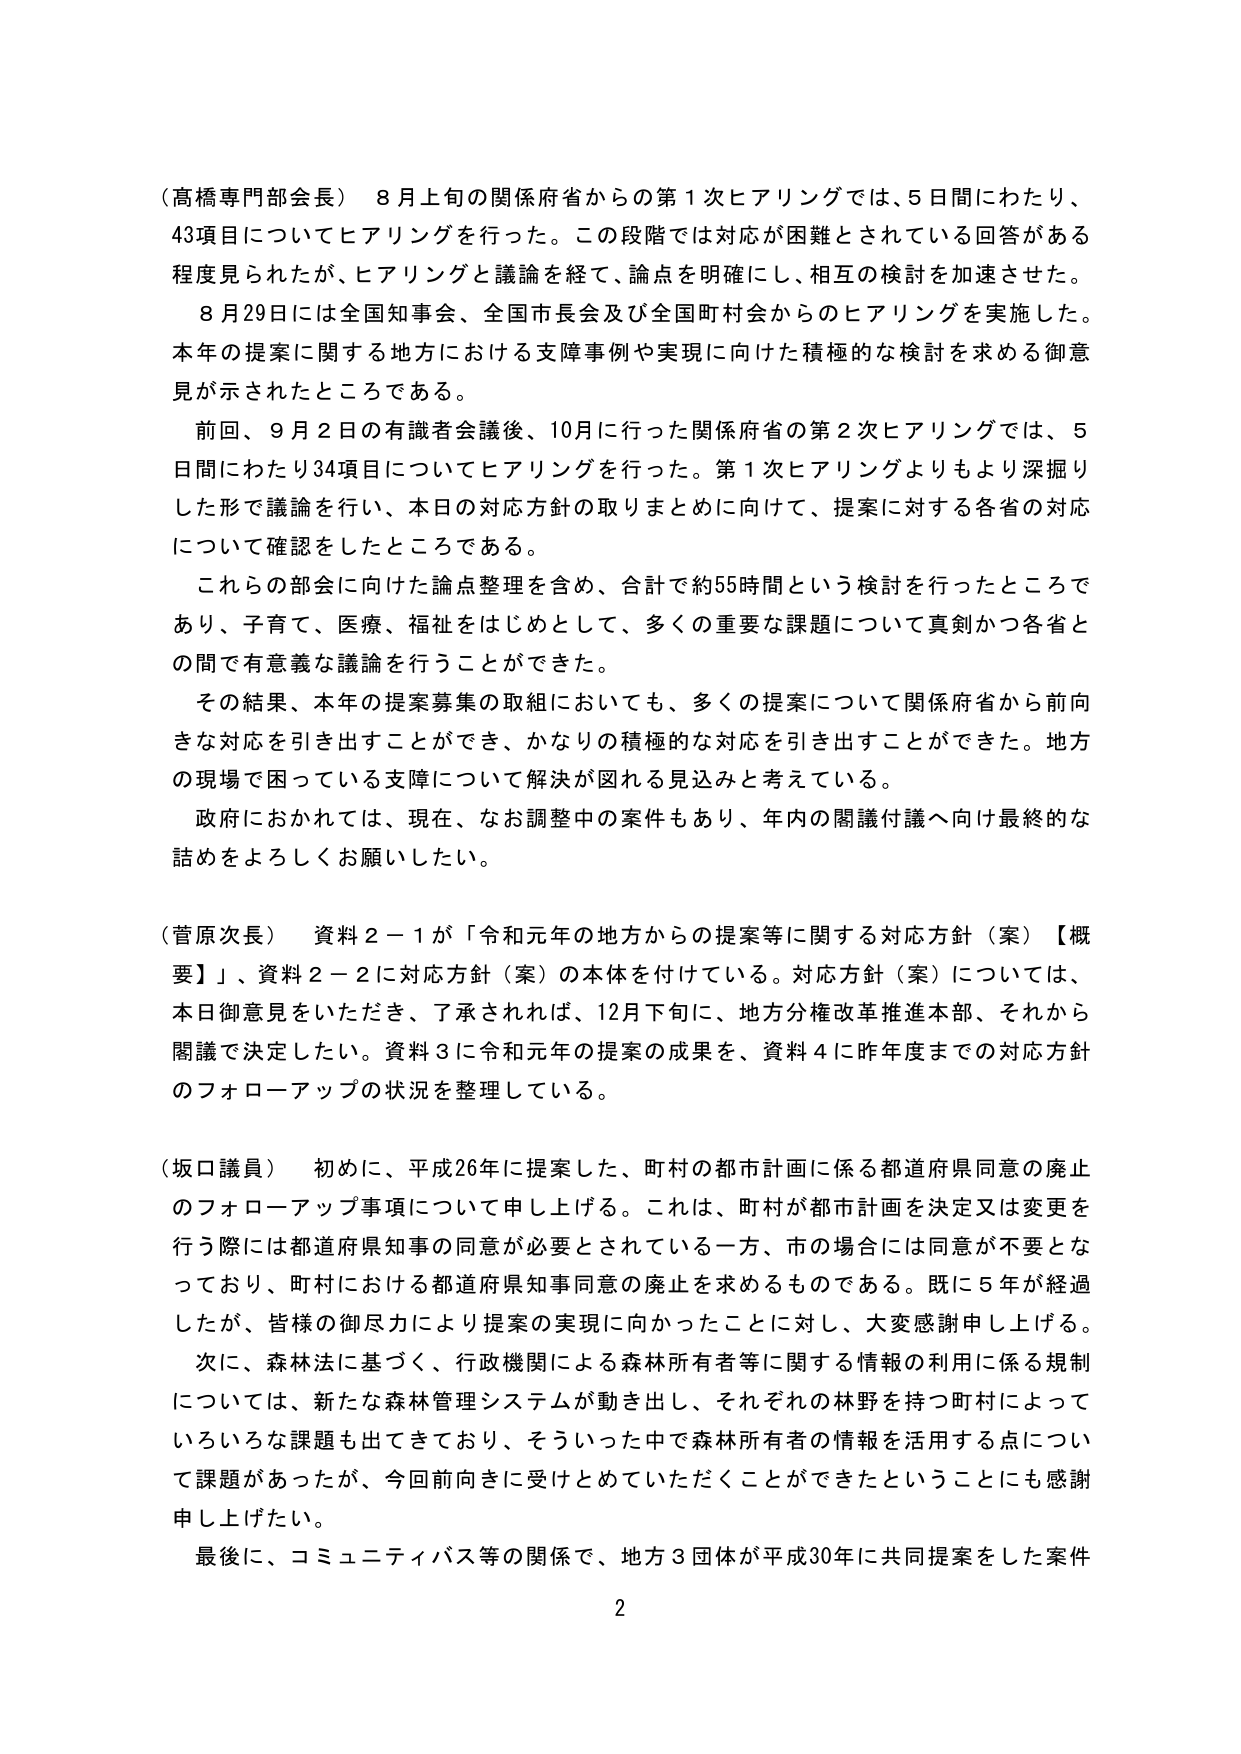
（高橋専門部会長） 8月上旬の関係府省からの第1次ヒアリングでは、5日間にわたり、43項目についてヒアリングを行った。この段階では対応が困難とされている回答がある程度見られたが、ヒアリングと議論を経て、論点を明確にし、相互の検討を加速させた。

8月29日には全国知事会、全国市長会及び全国町村会からのヒアリングを実施した。本年の提案に関する地方における支障事例や実現に向けた積極的な検討を求める御意見が示されたところである。

前回、9月2日の有識者会議後、10月に行った関係府省の第2次ヒアリングでは、5日間にわたり34項目についてヒアリングを行った。第1次ヒアリングよりもより深掘りした形で議論を行い、本日の対応方針の取りまとめに向けて、提案に対する各省の対応について確認をしたところである。

これらの部会に向けた論点整理を含め、合計で約55時間という検討を行ったところであり、子育て、医療、福祉をはじめとして、多くの重要な課題について真剣かつ各省との間で有意義な議論を行うことができた。

その結果、本年の提案募集の取組においても、多くの提案について関係府省から前向きな対応を引き出すことができ、かなりの積極的な対応を引き出すことができた。地方の現場で困っている支障について解決が図れる見込みと考えている。

政府におかれては、現在、なお調整中の案件もあり、年内の閣議付議へ向け最終的な詰めをよろしくお願いしたい。

（菅原次長） 資料2－1が「令和元年の地方からの提案等に関する対応方針（案）【概要】」、資料2－2に対応方針（案）の本体を付けてている。対応方針（案）については、本日御意見をいただき、了承されれば、12月下旬に、地方分権改革推進本部、それから閣議で決定したい。資料3に令和元年の提案の成果を、資料4に昨年度までの対応方針のフォローアップの状況を整理している。

（坂口議員） 初めに、平成26年に提案した、町村の都市計画に係る都道府県同意の廃止のフォローアップ事項について申し上げる。これは、町村が都市計画を決定又は変更を行う際には都道府県知事の同意が必要とされている一方、市の場合は同意が不要となっており、町村における都道府県知事同意の廃止を求めるものである。既に5年が経過したが、皆様の御尽力により提案の実現に向かったことに対し、大変感謝申し上げる。

次に、森林法に基づく、行政機関による森林所有者等に関する情報の利用に係る規制については、新たな森林管理システムが動き出し、それぞれの林野を持つ町村によっていろいろな課題も出てきており、そういった中で森林所有者の情報を活用する点について課題があったが、今回前向きに受けとめていただくことができたということにも感謝申し上げたい。

最後に、コミュニティバス等の関係で、地方3団体が平成30年に共同提案をした案件

2